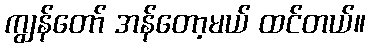
ကျွန်တော် အန်တော့မယ် ထင်တယ်။